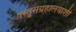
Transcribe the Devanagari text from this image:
वस्तुसंग्रहालयाशी